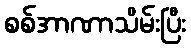
စစ်အာဏာသိမ်းပြီး